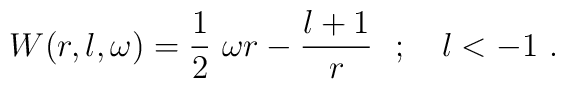
W(r,l,\omega)=   \frac{1}{2} ~\omega r -\frac{l+1}{r}~~;\quad l<-1 ~.